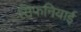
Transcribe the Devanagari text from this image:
सिफनियाई